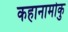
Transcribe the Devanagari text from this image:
कहानामोकु